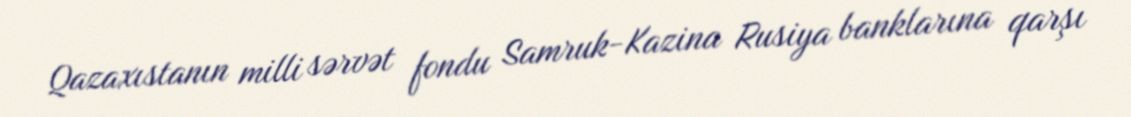
Qazaxıstanın milli sərvət fondu Samruk-Kazina Rusiya banklarına qarşı